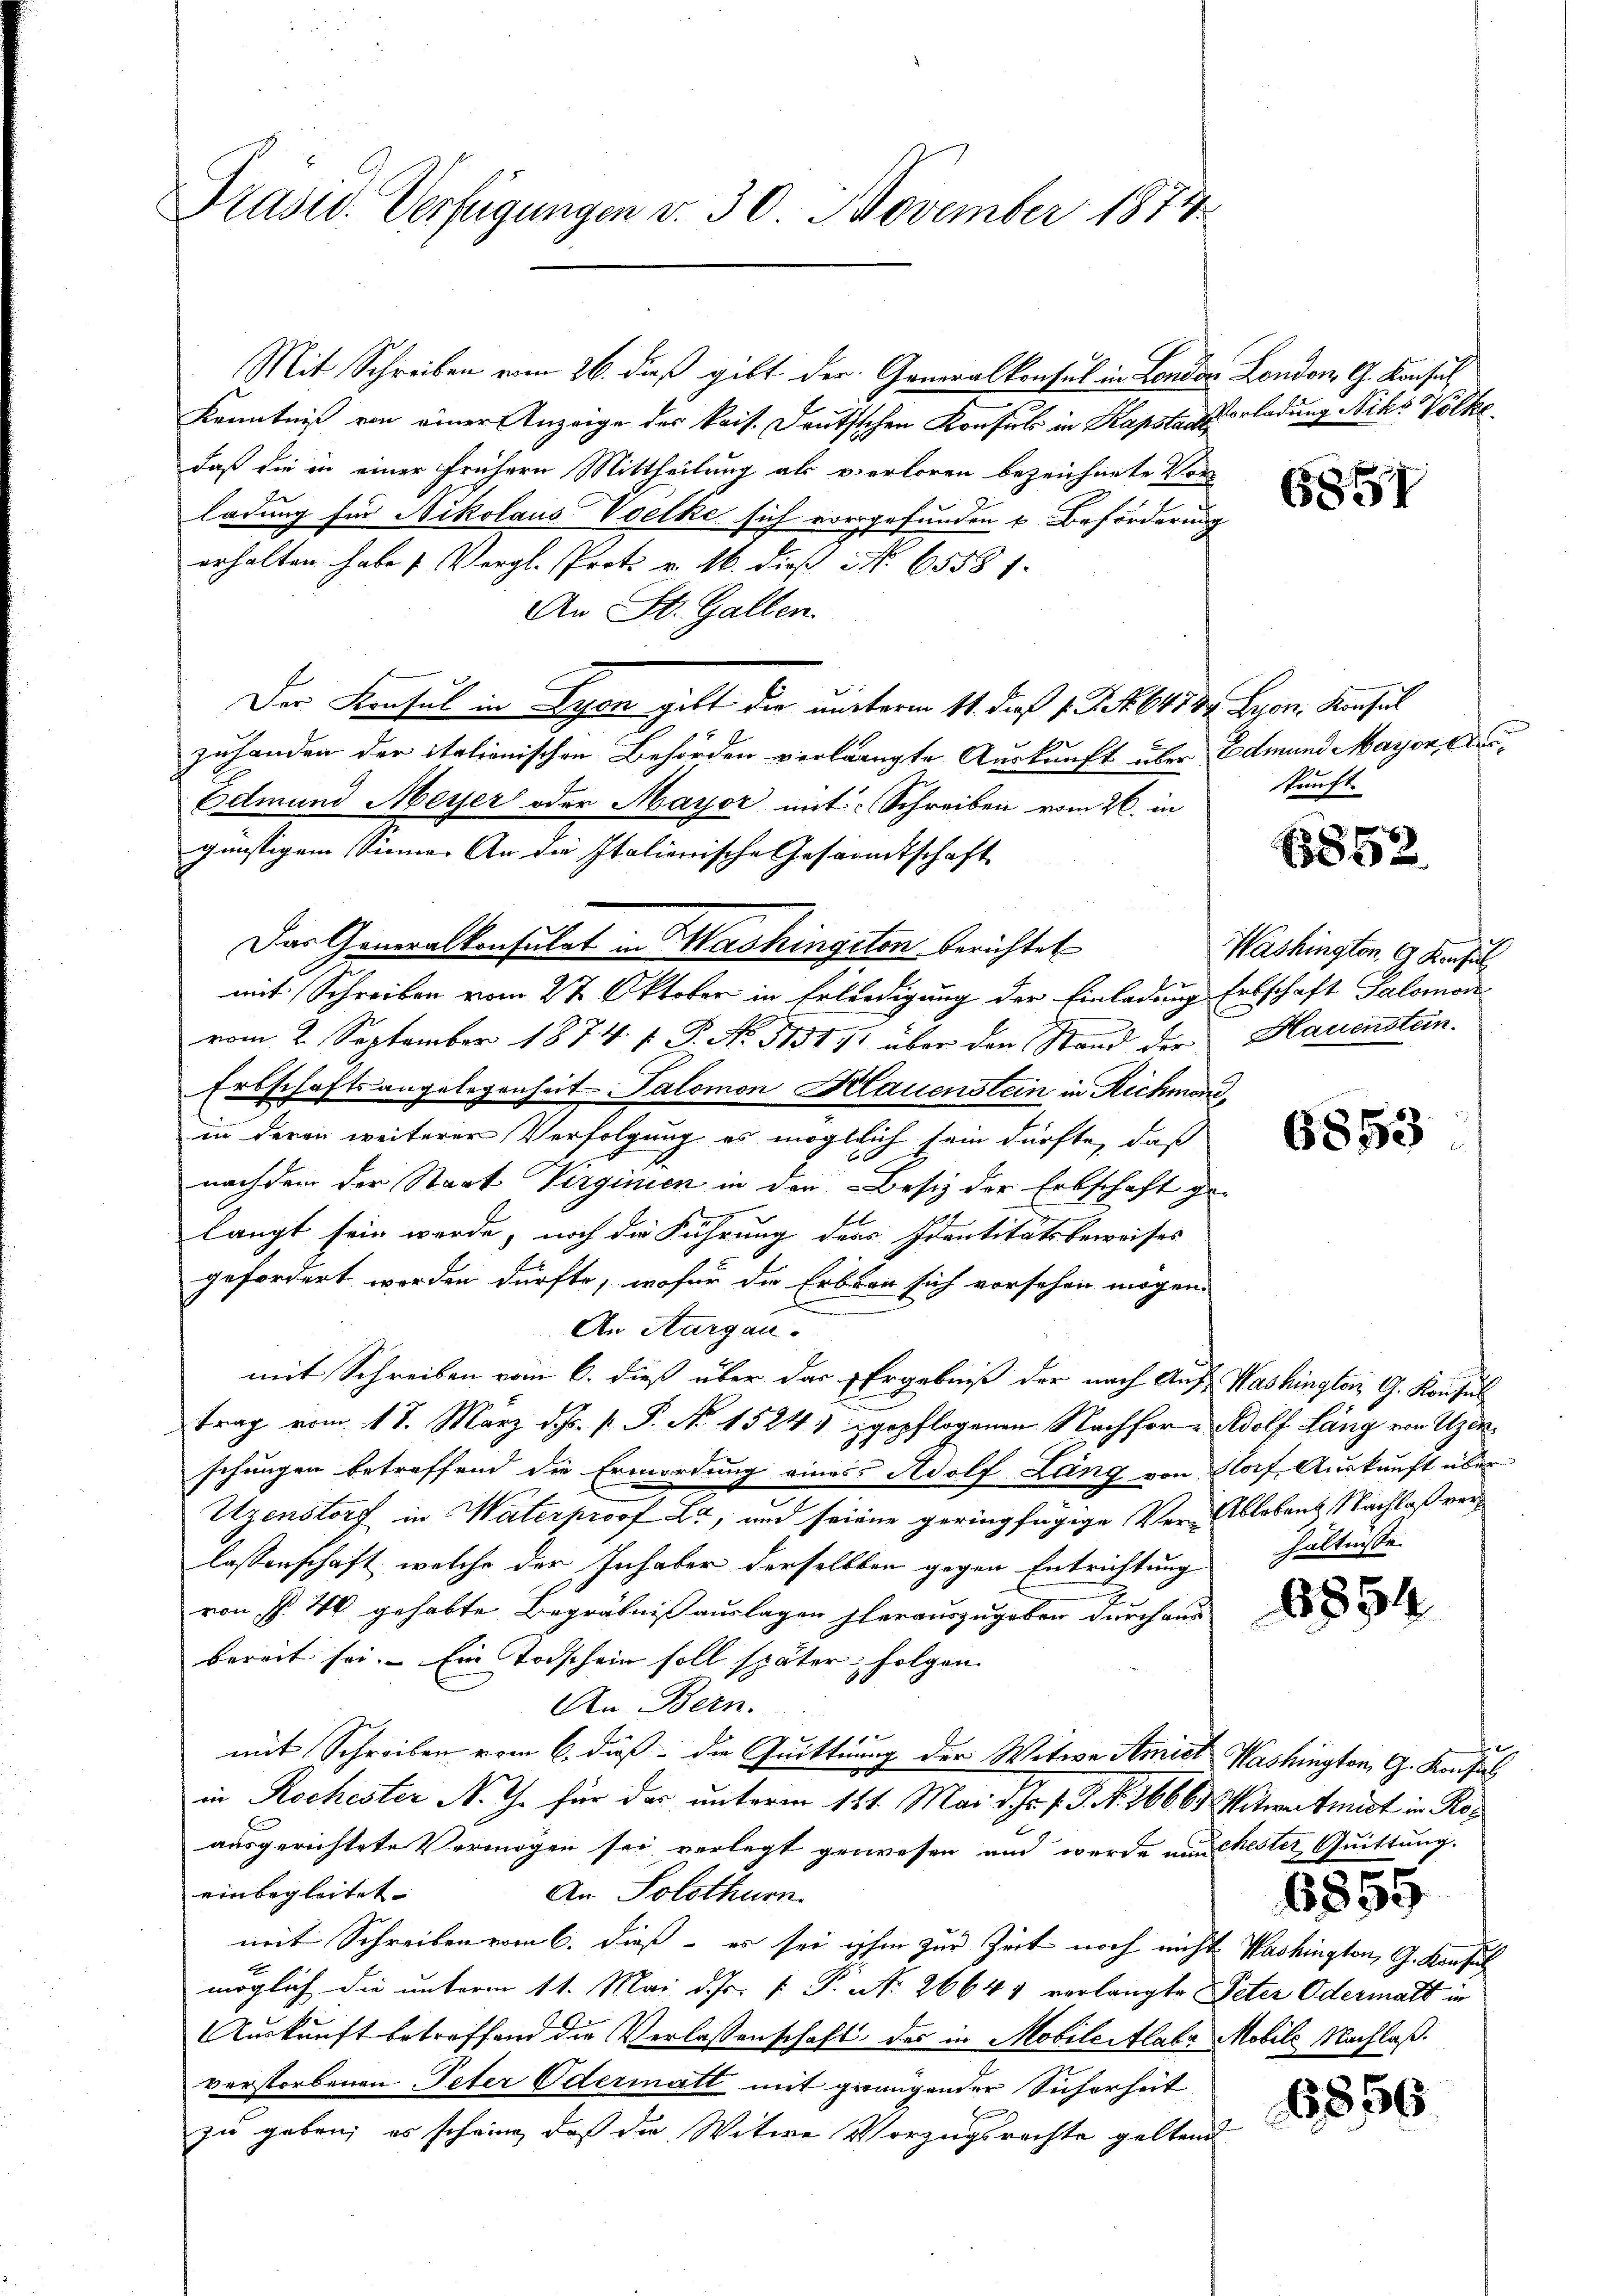
Präsid.. Verfügungen v. 30. November 1874

Mit Schreiben vom 26. dieß gibt der Generalkonsul in Londor London G. Konsul
Kenntniß von einer Anzeige des kais. Deutschen Konsuls in Kapstaat erladung Niks Völke
daß die in einer frühern Mittheilung als verloren bezeichnete Vor-
ladung für Nikolaus Volke sich vorgefunden u Beförderung
erhalten habe & Vergl. Prote v. M. dieß No. 6558 f.
An St. Gallen.
Der Konsul in Lyon gilt die unterm 14. dieß s. Z. 6434. Lesen. Konsul
zuhanden der italienischen Behörden verlangte Auskunft über Edmund Mayon, die¬
Edmund Meyer oder Mayor mit Schreiben vom 26. in
günstigem Sinne. An die Italienische Gesammtschaft
Das Generalkonsulat in Washingeten berichtet
mit Schreiben vom 27 Oktober in Erledigung der Einladung Erbschaft Salomon
vom 2. September 1874. / P. No. 5131 11 über den Stand der Hauenstein.
Erbschaftsangelegenheit Salomon Klauenstein in Richworin deren weiterer Verfolgung es möglich sein dürfte, daß
nachdem der Staat Virginien in den Besiz der Erbschaft gelangt sein werde, noch die Führung des Identitätsbeweises
gefordert werden dürfte, wofür die Erbten sich vorsehen mögen.
An Aargau.
mit Schreiben vom 6. dieß über das Ergebniß der nach Auf Washington G. Konsul
trag vom 18. März d. Js. p. P. No. 1524) gepflogenen Nachfor- Adolf Lang von Uzinschungen betreffend die Ermordung eines Adolf Lang von Hof Auskunft über
Uzenstorf in Waterproof L., und seiene geringfügige Ver- Ablebens Nachlaß verlassenschaft, welche der Inhaber derselben gegen Entrichtung
von P. V. gehabte Begräbniß auslagen herauszugeben durch aus
bereit sei. Ein Todschein soll später folgen.
An Bern.
2
mit Schreiben vom 6. dies die Quittung der Witwe Amist Washington, G. Konsul
in Rochester N. Z. für das unterm 111. Mai d.h. 1. J. N. 2666. Mitwertmeist in Roausgerichtete Vermögen sei verlegt gewesen und wurde meuchester Quittung.
einbegleitet.
An Solothurn
mit Schreiben vom 6. dieß – es sei ihm zur Zeit noch nicht Washington, G. Konsul
möglich die unterm 11. Mai d. Js. [ P. Nr. 26644 vorlangte Peter Odermatt in
Auskunft betreffend die Verlassenschaft des in Mobilcitlaba Mobile Nachlaß.
verstorbenen Peter Odermatt mit genügender Sicherheit
zu geben; es schein, daß die Witwe Vorzugsrechte geltend

6851

kunft

1852

Washington. G. Konsul

6853

hältnisse.

6554

6855

1856